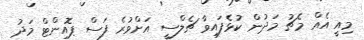
މިއީ އެއް މެޗު މަދުން ކުޅެފައިވާ ޗެލްސީ އަށްވުރެ ފަސް ޕޮއިންޓް މަދު